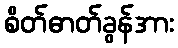
စိတ်ဓာတ်ခွန်အား